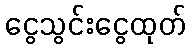
ငွေသွင်းငွေထုတ်